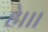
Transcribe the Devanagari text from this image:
हे।।।